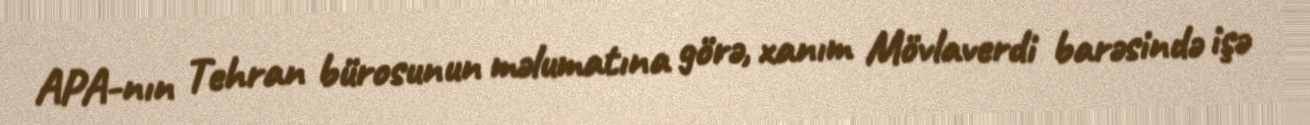
APA-nın Tehran bürosunun məlumatına görə, xanım Mövlaverdi barəsində işə